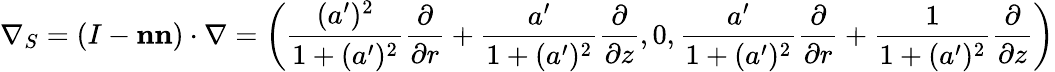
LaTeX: \nabla_{S}=(I-\mathbf{n}\mathbf{n})\cdot\nabla=\left(\frac{(a^{\prime})^{2}}{1+(a^{\prime})^{2}}\frac{\partial}{\partial r}+\frac{a^{\prime}}{1+(a^{\prime})^{2}}\frac{\partial}{\partial z},0,\frac{a^{\prime}}{1+(a^{\prime})^{2}}\frac{\partial}{\partial r}+\frac{1}{1+(a^{\prime})^{2}}\frac{\partial}{\partial z}\right)